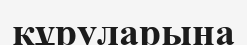
құруларына